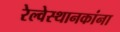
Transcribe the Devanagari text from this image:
रेल्वेस्थानकांना